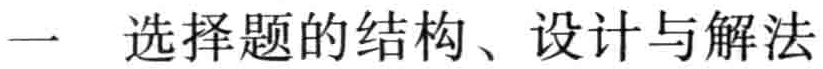
一 选择题的结构、设计与解法